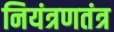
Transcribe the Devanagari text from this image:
नियंत्रणतंत्र